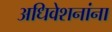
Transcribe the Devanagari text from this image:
अधिवेशनांना